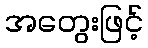
အတွေးဖြင့်